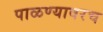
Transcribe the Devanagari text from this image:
पाळण्यावरच